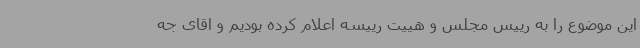
این موضوع را به رییس مجلس و هییت رییسه اعلام کرده بودیم و اقای جه